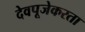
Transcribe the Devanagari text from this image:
देवपूजेकरता